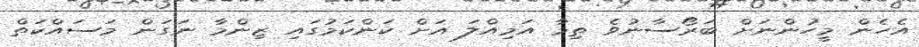
އެހެން މީހުންނަށް ބަރޯސާނުވެ ތިމާ އަމިއްލަ އަށް ކަންކަމުގައި ޒިންމާ ނަގަން މަސައްކަތް